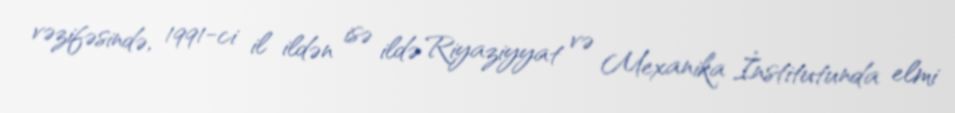
vəzifəsində, 1991-ci il ildən isə ildə Riyaziyyat və Mexanika İnstitutunda elmi